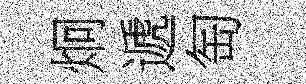
炯遞匋